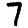
Digit: 7